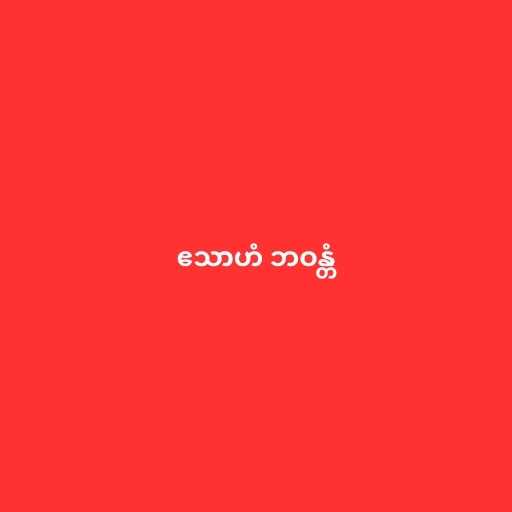
ဧသာဟံ ဘဝန္တံ